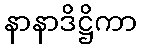
နာနာဒိဋ္ဌိကာ